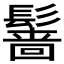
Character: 𲌡